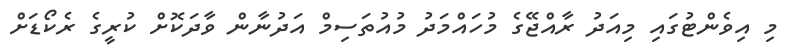
މި އިވެންޓުގައި މިއަދު ރާއްޖޭގެ މުހައްމަދު މުއުތަސިމް އަދުނާން ވާދަކޮށް ކުރީގެ ރެކޯޑަށް